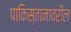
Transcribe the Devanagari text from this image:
पाकिस्तानावरील